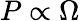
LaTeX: P\propto\Omega